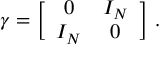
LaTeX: \gamma = \biggl [ \begin{array} { c c } { { 0 } } & { { I _ { N } } } \\ { { I _ { N } } } & { { 0 } } \end{array} \biggr ] \ .